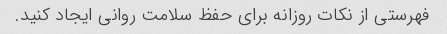
فهرستی از نکات روزانه برای حفظ سلامت روانی ایجاد کنید.